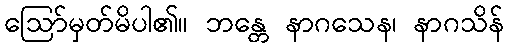
ဩော်မှတ်မိပါ၏။ ဘန္တေ နာဂသေန၊ နာဂသိန်